Document type: payment_order
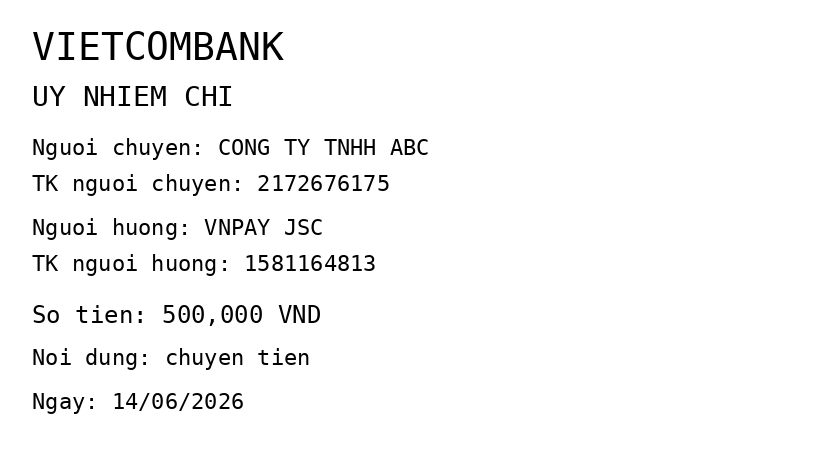
OCR transcript:
VIETCOMBANK
UY NHIEM CHI
Nguoi chuyen: CONG TY TNHH ABC
TK nguoi chuyen: 2172676175
Nguoi huong: VNPAY JSC
TK nguoi huong: 1581164813
So tien: 500,000 VND
Noi dung: chuyen tien
Ngay: 14/06/2026
Extracted fields:
bank_name: vietcombank
sender_name: cong ty tnhh abc
sender_account: 2172676175
beneficiary_name: vnpay jsc
beneficiary_account: 1581164813
amount: 500000
content: chuyen tien
date: 2026-06-14